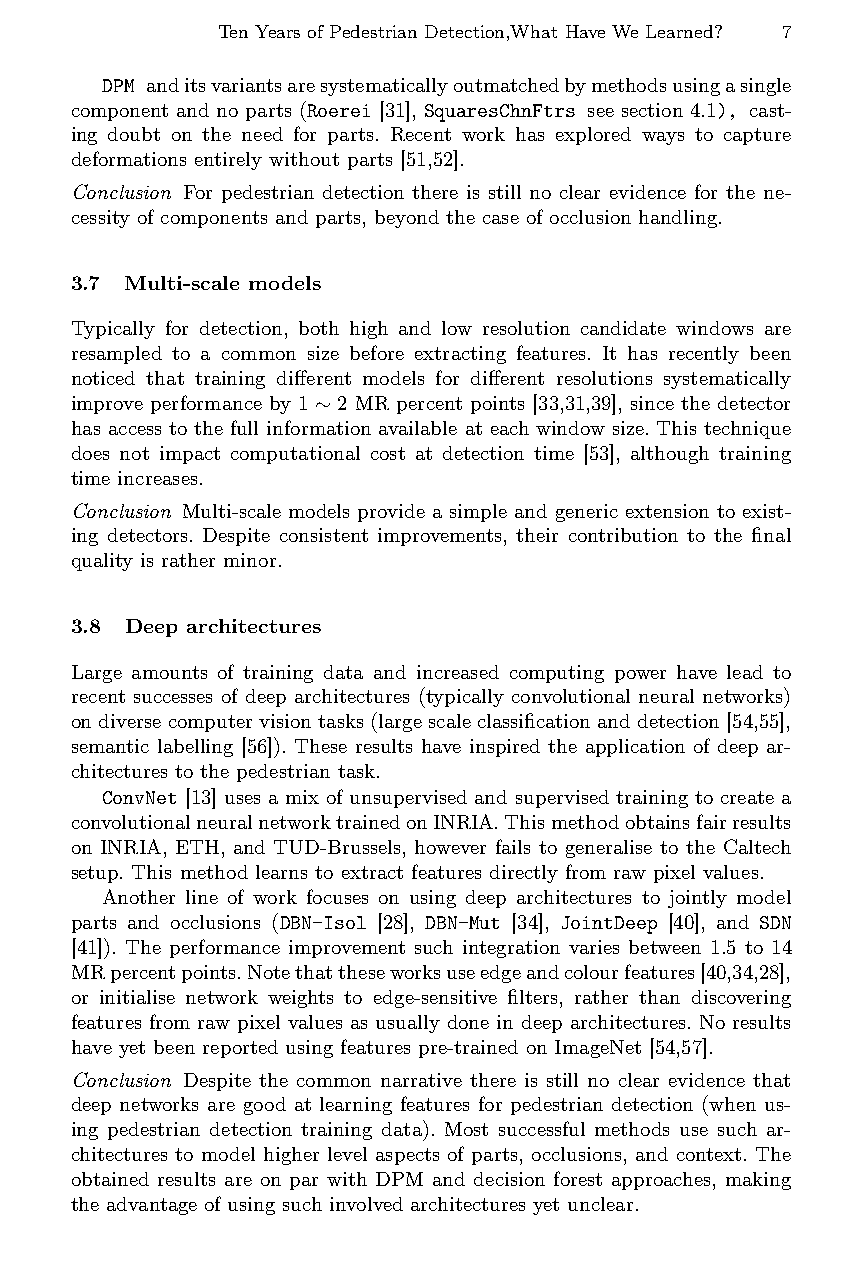
Ten Years of Pedestrian Detection,What Have We Learned? 7
 DPM anditsvariantsaresystematicallyoutmatchedbymethodsusingasingle
 component and no parts (Roerei [31], SquaresChnFtrs see section 4.1), cast-
 ing doubt on the need for parts. Recent work has explored ways to capture
 deformations entirely without parts [51,52].
 Conclusion For pedestrian detection there is still no clear evidence for the ne-
 cessity of components and parts, beyond the case of occlusion handling.
 3.7 Multi-scale models
 Typically for detection, both high and low resolution candidate windows are
 resampled to a common size before extracting features. It has recently been
 noticed that training different models for different resolutions systematically
 improve performance by 1∼2 MR percent points [33,31,39], since the detector
 has access to the full information available at each window size. This technique
 does not impact computational cost at detection time [53], although training
 time increases.
 Conclusion Multi-scale models provide a simple and generic extension to exist-
 ing detectors. Despite consistent improvements, their contribution to the final
 quality is rather minor.
 3.8 Deep architectures
 Large amounts of training data and increased computing power have lead to
 recent successes of deep architectures (typically convolutional neural networks)
 ondiversecomputervisiontasks(largescaleclassificationanddetection[54,55],
 semantic labelling [56]). These results have inspired the application of deep ar-
 chitectures to the pedestrian task.
 ConvNet [13] uses a mix of unsupervised and supervised training to create a
 convolutionalneuralnetworktrainedonINRIA.Thismethodobtainsfairresults
 on INRIA, ETH, and TUD-Brussels, however fails to generalise to the Caltech
 setup. This method learns to extract features directly from raw pixel values.
 Another line of work focuses on using deep architectures to jointly model
 parts and occlusions (DBN−Isol [28], DBN−Mut [34], JointDeep [40], and SDN
 [41]). The performance improvement such integration varies between 1.5 to 14
 MRpercentpoints.Notethattheseworksuseedgeandcolourfeatures[40,34,28],
 or initialise network weights to edge-sensitive filters, rather than discovering
 features from raw pixel values as usually done in deep architectures. No results
 have yet been reported using features pre-trained on ImageNet [54,57].
 Conclusion Despite the common narrative there is still no clear evidence that
 deep networks are good at learning features for pedestrian detection (when us-
 ing pedestrian detection training data). Most successful methods use such ar-
 chitectures to model higher level aspects of parts, occlusions, and context. The
 obtained results are on par with DPM and decision forest approaches, making
 the advantage of using such involved architectures yet unclear.